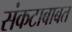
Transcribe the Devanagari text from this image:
संकटाबाबत